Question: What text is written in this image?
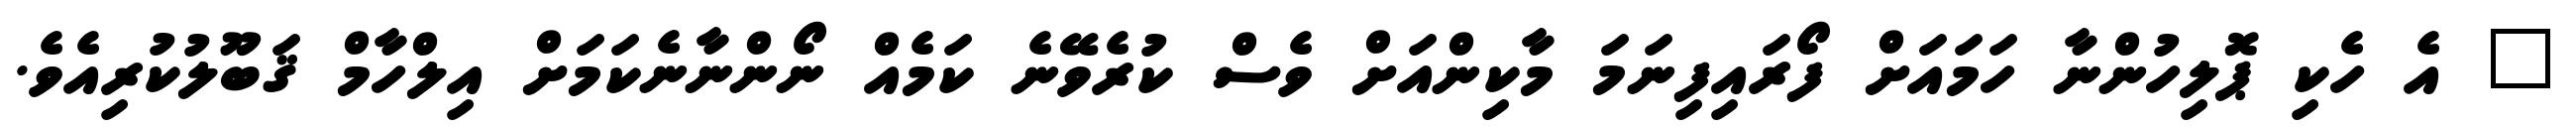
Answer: " އެ ހެކި ޕޮލިހުންނާ ހަމައަށް ފޯރައިފިނަމަ މާކިންއަށް ވެސް ކުރެވޭނެ ކަމެއް ނޯންނާނެކަމަށް އިލްހާމް ޤަބޫލުކުރިއެވެ.